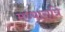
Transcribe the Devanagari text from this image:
मध्यारात्रि